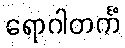
ရောဂါတင်္ကံ